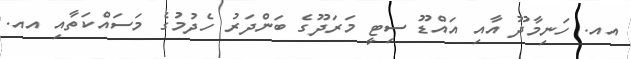
އއ. ހަނިމާދޫ އާއި އައްޑޫ ސިޓީ މަރަދޫގެ ބަންދަރު ހެދުމުގެ މަސައްކަތާއި އއ.